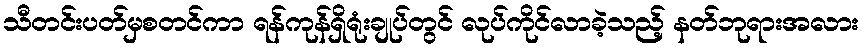
သီတင်းပတ်မှစတင်ကာ ရန်ကုန်ရှိရုံးချုပ်တွင် လုပ်ကိုင်လာခဲ့သည့် နတ်ဘုရားအလား